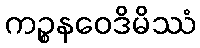
ကဉ္စနဝေဒိမိဿံ